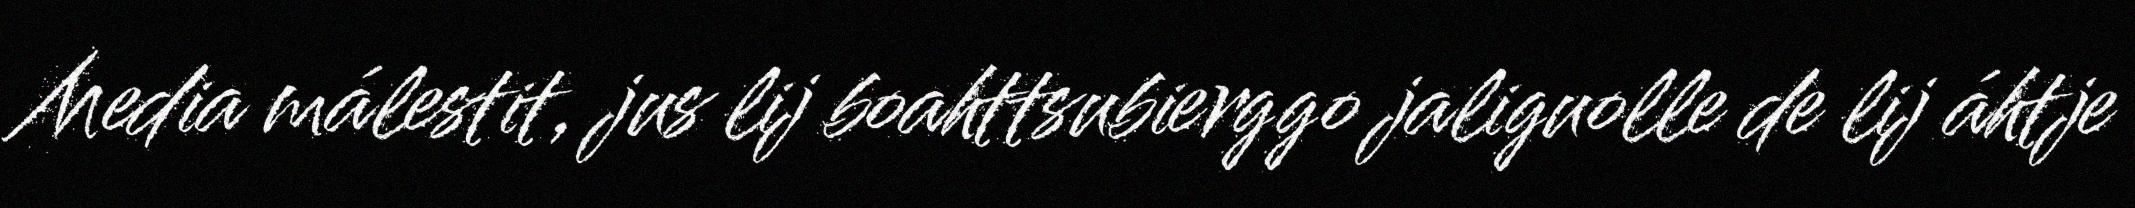
Media málestit, jus lij boahttsubierggo jaliguolle de lij áhtje